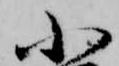
小